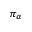
\pi _ { \alpha }